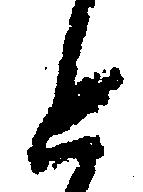
と